Scottish Leaving Certificate Examination, 1955
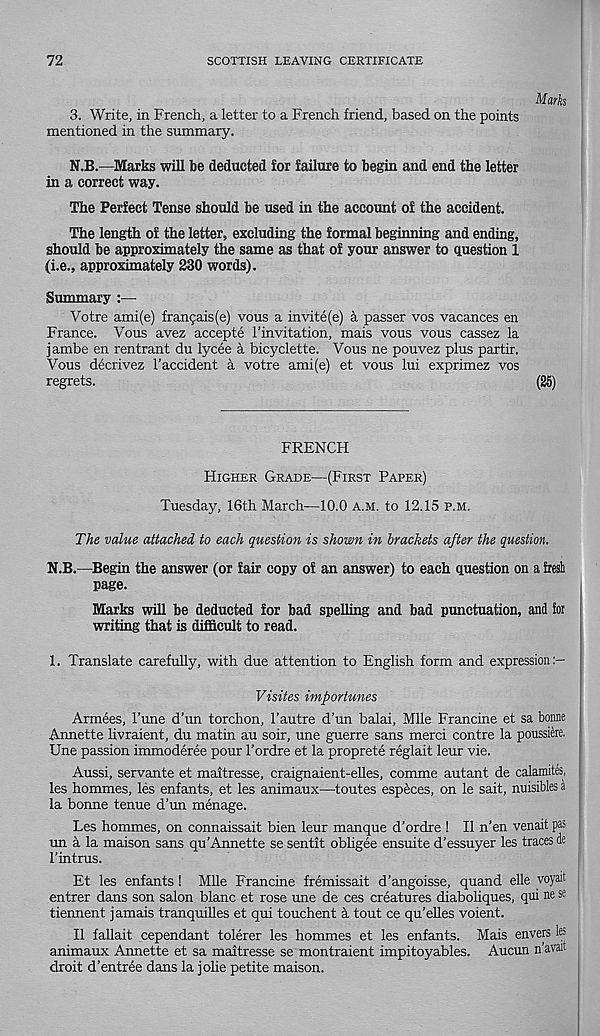
72
SCOTTISH LEAVING CERTIFICATE
3. Write, in French, a letter to a French friend, based on the points
mentioned in the summary.
N.B.—Marks will be deducted for failure to begin and end the letter
in a correct way.
The Perfect Tense should be used in the account of the accident.
The length of the letter, excluding the formal beginning and ending,
should be approximately the same as that of your answer to question 1
(i.e., approximately 230 words).
Summary :—
Votre ami(e) franfais(e) vous a invite(e) a passer vos vacances en
France. Vous avez accepte I’invitation, mais vous vous cassez la
jambe en rentrant du lycee a bicyclette. Vous ne pouvez plus partir.
Vous decrivez 1’accident a votre ami(e) et vous lui exprimez vos
regrets.
FRENCH
Higher Grade—(First Paper)
Tuesday, 16th March—10.0 a.m. to 12.15 p.m.
The value attached to each question is shown in brackets after the question.
N.B.—Begin the answer (or fair copy of an answer) to each question on a fresh
page.
Marks will be deducted for bad spelling and bad punctuation, and for
writing that is difficult to read.
1. Translate carefully, with due attention to English form and expression
Visiles importunes
Armees, I'une d’un torchon, 1’autre d’un balai, Mile Francine et sa bonne
Annette livraient, du matin au soir, une guerre sans merci contre la poussiere,
Une passion immoderee pour 1’ordre et la proprete reglait leur vie.
Aussi, servante et maitresse, craignaient-elles, comme autant de calamites,
les hommes, les enfants, et les animaux—toutes especes, on le sait, nuisibles a
la bonne tenue d’un menage.
Les hommes, on connaissait bien leur manque d’ordre ! II n’en venait pas
un a la maison sans qu’Annette se sentit obligee ensuite d’essuyer les traces de
I’intrus.
Et les enfants ! Mile Francine fremissait d’angoisse, quand elle voyait
entrer dans son salon blanc et rose une de ces creatures diaboliques, qui ne se
tiennent jamais tranquilles et qui touchent k tout ce qu’elles voient.
II fallait cependant tolerer les hommes et les enfants. Mais envers les
animaux Annette et sa maitresse se montraient impitoyables. Aucun n'avait
droit d’entree dans la jolie petite maison.
Marks
(25)